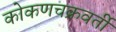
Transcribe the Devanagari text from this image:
कोकणचक्रवर्ती